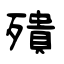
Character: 殨